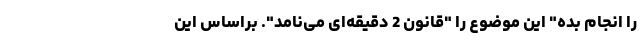
را انجام بده" این موضوع را "قانون 2 دقیقه‌ای می‌نامد". براساس این